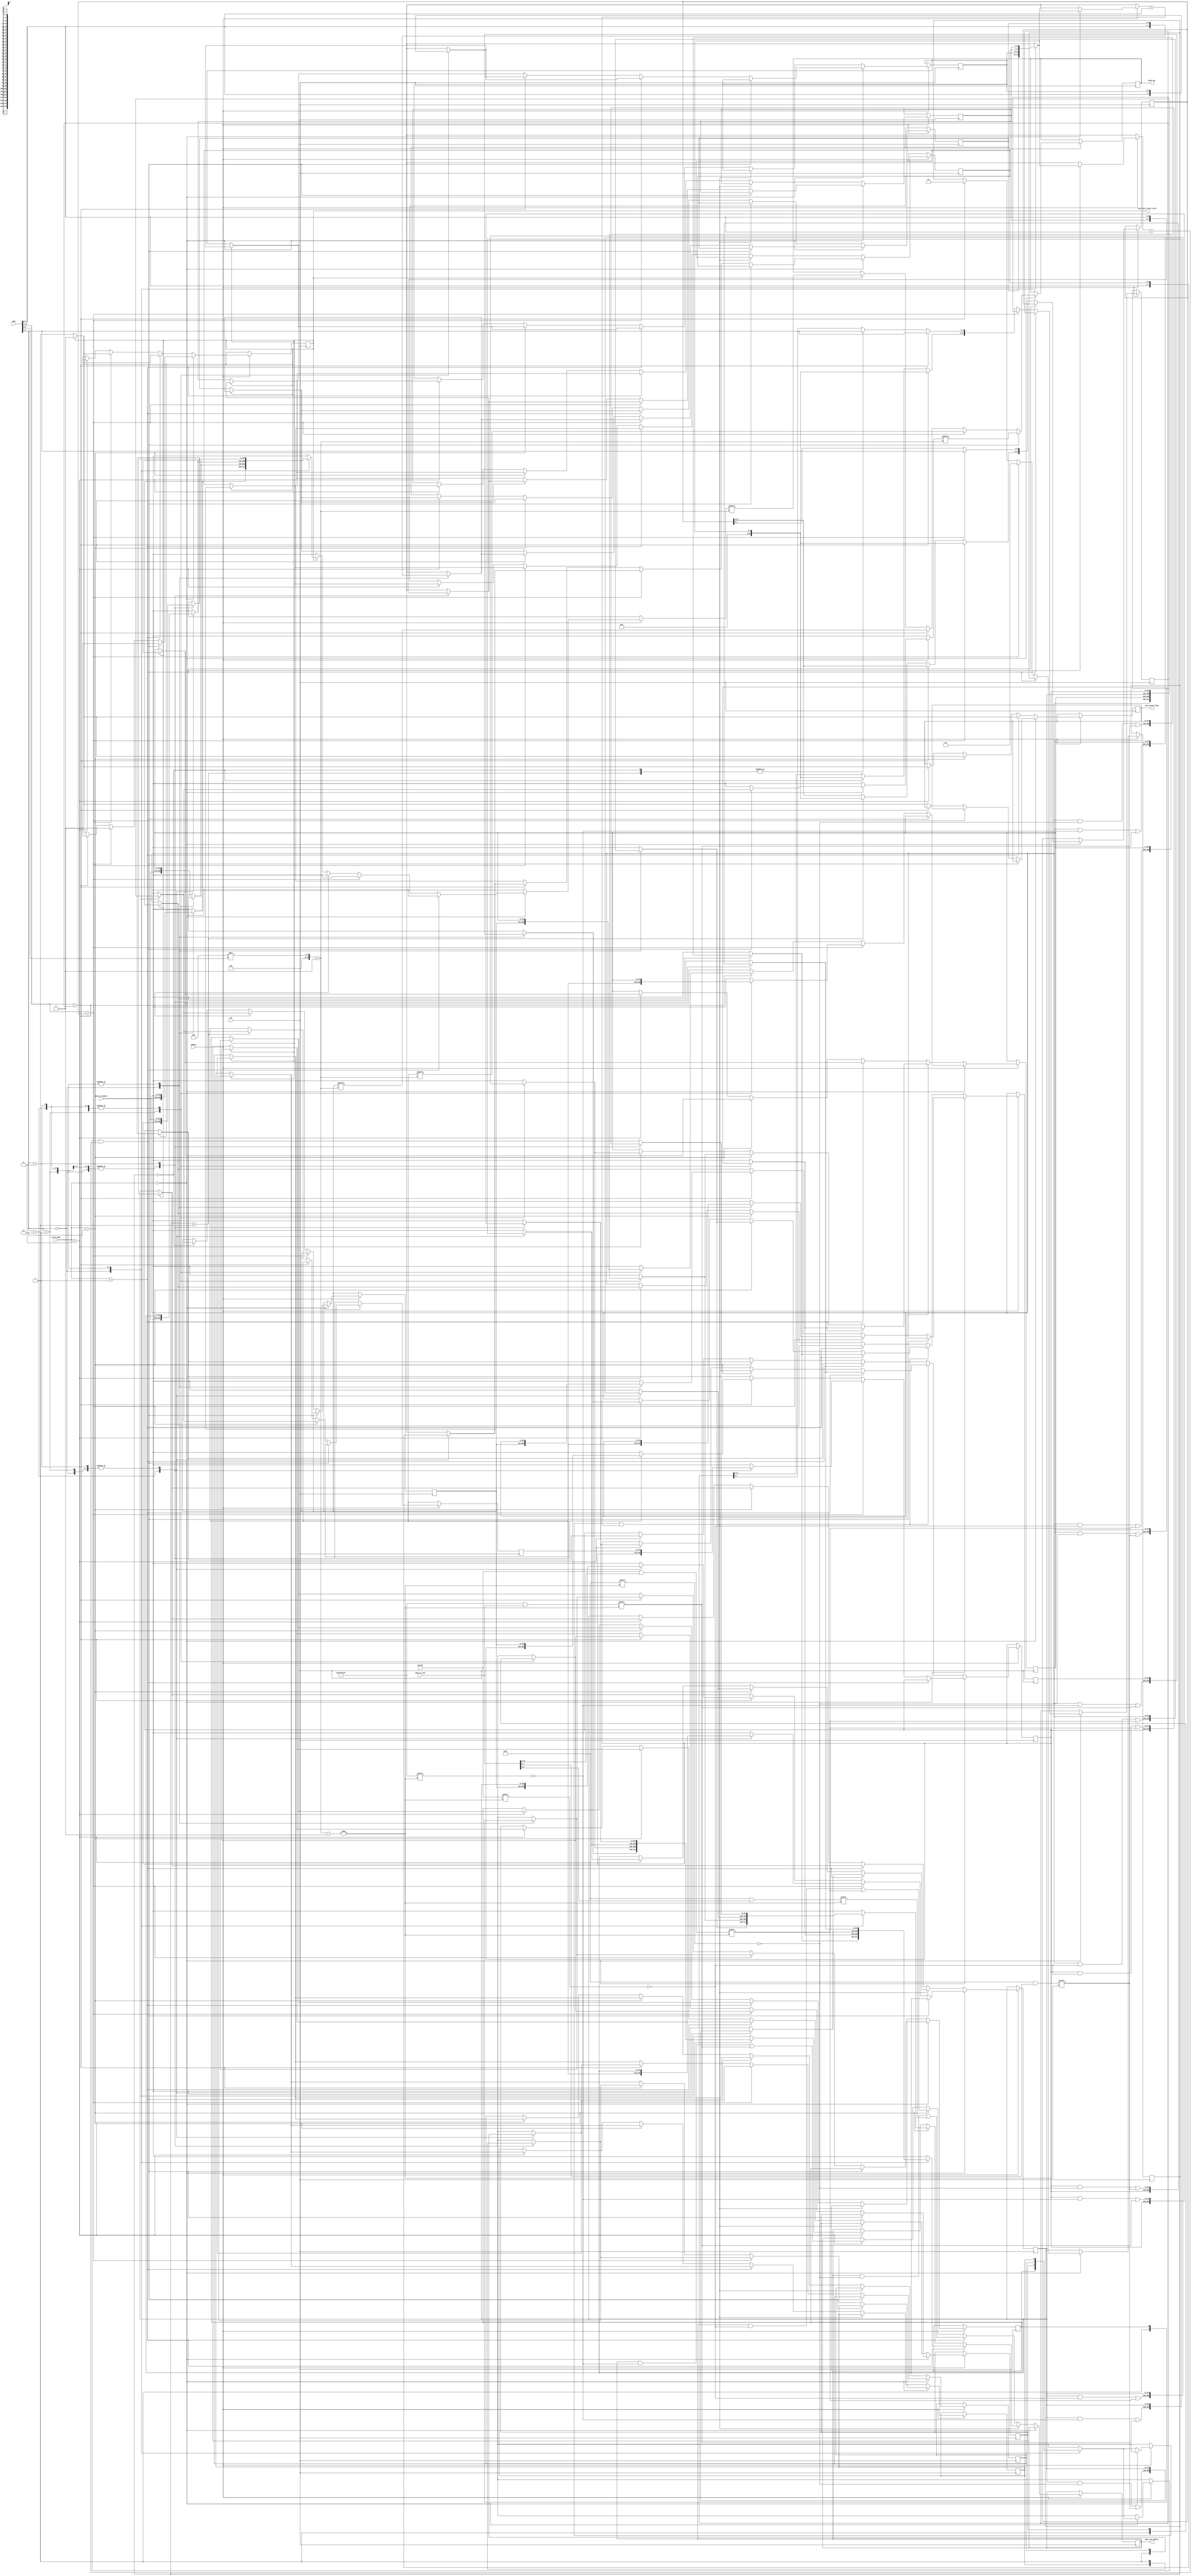
module direct_mapped_cache_with_victim(
	input [31:0]addr,
	input [31:0]data_in_cpu,
	input [1:0]write_mode, // 0:disable, 1:write byte, 2:write half word, 3:write word
	input clk,
	input enable,
	input [127:0]data_in_memory,
	output reg [127:0]data_out_memory,
	output reg [31:0]data_out,
	output reg mem_access_flag,
	output reg wait_until_next_cycle
);

integer i;
integer j;

// cache
reg [127:0]cache[0:3];
reg [3:0]tag_store[0:3];
reg valid_bit_store[0:3]; // 0 - Not valid, 1 - Valid

//victim cache
reg [127:0]victim_cache[0:1];
reg [27:0]victim_tag_store[0:1];
reg [127:0]temp;
reg [1:0]priority;

initial
	begin
	for (i=0; i<4; i=i+1)
		begin
		valid_bit_store[i] = 0;
		wait_until_next_cycle = 0;
		mem_access_flag = 0;
		priority = 1'b0;
		end
	end

// addr[9:4] -> block address, addr[5:4] -> cache line, addr[9:6] -> tag bits
always@(negedge clk)
	begin
	if (enable == 1)
		begin
		if (write_mode == 0)
		// reading from memory
			begin
			if (valid_bit_store[addr[5:4]] == 1 && tag_store[addr[5:4]] == addr[9:6])
				begin
				// needed read data is in the cache line
				data_out = cache[addr[5:4]][8*addr[3:0] +: 32]; //[31+8*addr[3:0]:8*addr[3:0]];
				wait_until_next_cycle = 0;
				end	
				
			// victim cache
			else if (addr[31:4] == victim_tag_store[0])
				 begin
				 data_out = victim_cache[0][8*addr[3:0] +: 32];
				 
				 temp=victim_cache[0]; 
				 victim_cache[0]=cache[addr[5:4]];
				 cache[addr[5:4]]=temp;
				 valid_bit_store[addr[5:4]]  = 1;
				 victim_tag_store[0][27:2] = tag_store[addr[5:4]];
				 victim_tag_store[0][1:0] = addr[5:4];
				 tag_store[addr[5:4]] = addr[9:6];
				 wait_until_next_cycle = 0;
				 priority = 2'b0;
				 
				 end	
			
			else if (addr[31:4] == victim_tag_store[1])
				 begin
				 data_out = victim_cache[1][8*addr[3:0] +: 32];
					
					temp=victim_cache[1]; 
					victim_cache[1]=cache[addr[5:4]];
					cache[addr[5:4]]=temp;
					valid_bit_store[addr[5:4]]  = 1;
					victim_tag_store[1][27:2] = tag_store[addr[5:4]];
					victim_tag_store[1][1:0] = addr[5:4];
					tag_store[addr[5:4]] = addr[9:6];
					wait_until_next_cycle = 0;
					priority = 2'b1;	    	    
				 end
				 
				 
			 
			else
				begin
				
				case(priority)
					  2'b0:
							begin
								victim_cache[1]=cache[addr[5:4]];
								victim_tag_store[1][27:2] = tag_store[addr[5:4]];
								victim_tag_store[1][1:0] = addr[5:4];
							end 
					  2'b1:
							begin
							victim_cache[0]=cache[addr[5:4]];
								victim_tag_store[0][27:2] = tag_store[addr[5:4]];
								victim_tag_store[1][1:0] = addr[5:4];
							end
				endcase
				
				// needed read data is not in the cache line 
				mem_access_flag = 1;
				
				if (wait_until_next_cycle == 1)
					begin
					tag_store[addr[5:4]] = addr[9:6]; 
					valid_bit_store[addr[5:4]] = 1;
					cache[addr[5:4]] = data_in_memory;
					
					mem_access_flag = 0;
					wait_until_next_cycle = 0;
					
					data_out = cache[addr[5:4]][8*addr[3:0] +: 32]; //[31+8*addr[3:0]:8*addr[3:0]];
					end
				else
					wait_until_next_cycle = 1;
				
				end
			end
		else 
		// writing to memory
			begin
			if (valid_bit_store[addr[5:4]] == 1 && tag_store[addr[5:4]] == addr[9:6])
			// memory block is in the cache (write through policy)
				begin
				if (write_mode == 1)
					begin
					cache[addr[5:4]][8*addr[3:0] +: 8] = data_in_cpu[7:0]; //[(8*write_mode-1)+8*addr[3:0]:8*addr[3:0]]
					data_out_memory = cache[addr[5:4]];
					
					mem_access_flag = 1;
					
					if (wait_until_next_cycle == 1)
						begin
						mem_access_flag = 0;
						wait_until_next_cycle = 0;
						end
					else
						wait_until_next_cycle = 1;
					end
				else if (write_mode == 2)
					begin
					cache[addr[5:4]][8*addr[3:0] +: 16] = data_in_cpu[15:0];
					data_out_memory = cache[addr[5:4]];
					
					mem_access_flag = 1;
					
					if (wait_until_next_cycle == 1)
						begin
						mem_access_flag = 0;
						wait_until_next_cycle = 0;
						end
					else
						wait_until_next_cycle = 1;
					end
				else if (write_mode == 3)
					begin
					cache[addr[5:4]][8*addr[3:0] +: 32] = data_in_cpu; //[31+8*addr[3:0]:8*addr[3:0]]
					data_out_memory = cache[addr[5:4]];
					
					mem_access_flag = 1;
					
					if (wait_until_next_cycle == 1)
						begin
						mem_access_flag = 0;
						wait_until_next_cycle = 0;
						end
					else
						wait_until_next_cycle = 1;
					end
				end
			else
			// memory block is not in the cache
				begin
				if (write_mode == 1)
					begin
					data_out_memory[8*addr[3:0] +: 8] = data_in_cpu[8:0];
					mem_access_flag = 1;
					
					if (wait_until_next_cycle == 1)
						begin
						cache[addr[5:4]] = data_in_memory;
						tag_store[addr[5:4]] = addr[9:6];
						valid_bit_store[addr[5:4]] = 1;
						
						mem_access_flag = 0;
						wait_until_next_cycle = 0;
						end
					else
						wait_until_next_cycle = 1;
					end
				else if (write_mode == 2)
					begin
					data_out_memory[8*addr[3:0] +: 16] = data_in_cpu[15:0];
					mem_access_flag = 1;
					
					if (wait_until_next_cycle == 1)
						begin
						cache[addr[5:4]] = data_in_memory;
						tag_store[addr[5:4]] = addr[9:6];
						valid_bit_store[addr[5:4]] = 1;
						
						mem_access_flag = 0;
						wait_until_next_cycle = 0;
						end
					else
						wait_until_next_cycle = 1;
					end
				else if (write_mode == 3)
					begin
					data_out_memory[8*addr[3:0] +: 32] = data_in_cpu;
					mem_access_flag = 1;
					
					if (wait_until_next_cycle == 1)
						begin
						cache[addr[5:4]] = data_in_memory;
						tag_store[addr[5:4]] = addr[9:6];
						valid_bit_store[addr[5:4]] = 1;
						
						mem_access_flag = 0;
						wait_until_next_cycle = 0;
						end
					else
						wait_until_next_cycle = 1;
					end
				end
			end
		end
	end

endmodule